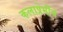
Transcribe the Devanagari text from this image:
कलाप्रेमींचे